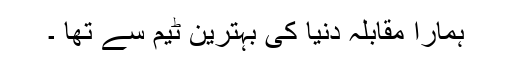
ہمارا مقابلہ دنیا کی بہترین ٹیم سے تھا ۔